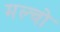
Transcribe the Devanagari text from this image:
मल्चो